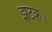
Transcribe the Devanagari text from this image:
झटके।